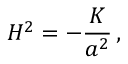
H ^ { 2 } = - \frac { K } { a ^ { 2 } } \, ,